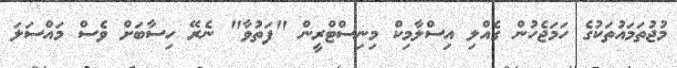
މުޖުތަމައުތަކުގެ ހަމަޖެހުން ގެއްލި އިސްލާމިކް މިނިސްޓްރީން "ފަތުވާ" ނެރޭ ހިސާބަށް ވެސް މައްސަލަ